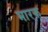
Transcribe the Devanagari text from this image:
भारक